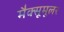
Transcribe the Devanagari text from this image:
मैक्सूमूलर